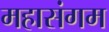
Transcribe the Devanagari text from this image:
महासंगम